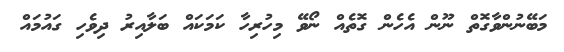
މަބޭނުންވާގޮތް ނޫން އެހެން ގޮތެއް ނޯވޭ މިހުރިހާ ކަމަކައް ބަލާއިރު ދިވެހި ގައުމައް